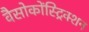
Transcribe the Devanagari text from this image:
वैसोकोंस्ट्रिक्शन